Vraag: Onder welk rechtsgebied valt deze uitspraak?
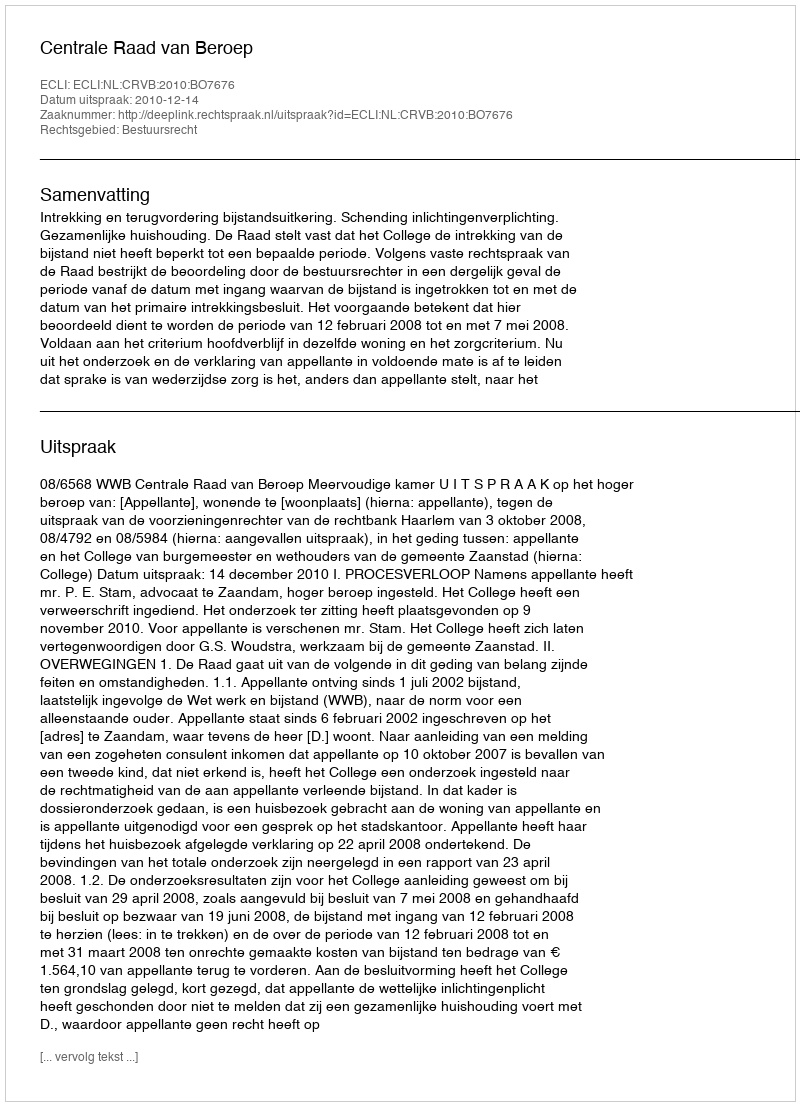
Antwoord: Bestuursrecht